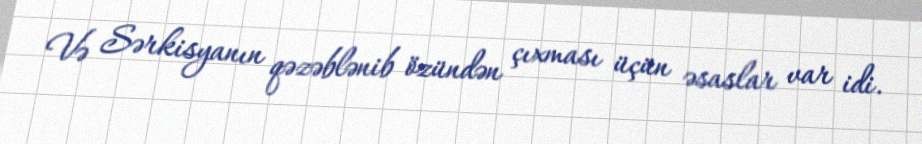
Və Sərkisyanın qəzəblənib özündən çıxması üçün əsaslar var idi.